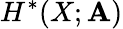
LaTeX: H^{*}(X;\mathbf{A})